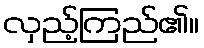
လှည့်ကြည်၏။